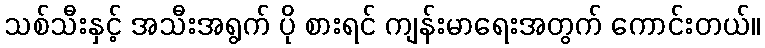
သစ်သီးနှင့် အသီးအရွက် ပို စားရင် ကျန်းမာရေးအတွက် ကောင်းတယ်။